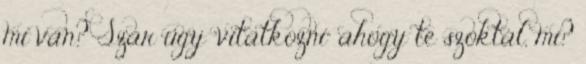
mi van? Szar úgy "vitatkozni" ahogy te szoktál, mi?